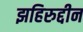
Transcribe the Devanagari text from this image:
झहिरुद्दीन